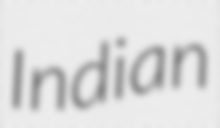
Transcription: Indian